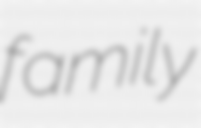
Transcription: family